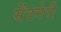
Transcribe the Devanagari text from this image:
सेंटमेरी